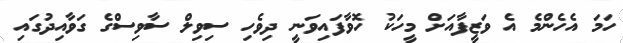
ހަމަ އެހެންމެ އެ ވަޒީފާއަށް މީހަކު ހޮވާފައިވަނީ ދިވެހި ސިވިލް ސާވިސްގެ ގަވާއިދުގައި